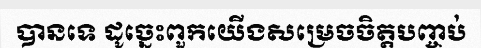
បានទេ ដូច្នេះពួកយើងសម្រេចចិត្តបញ្ចប់